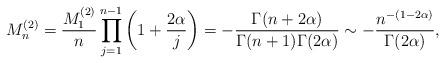
LaTeX: \begin{align*}M^{(2)}_n =\frac{M^{(2)}_1}{n}\prod^{n-1}_{j=1}\left(1+\frac{2\alpha}{j}\right)=-\frac{\Gamma(n+2\alpha)}{\Gamma(n+1)\Gamma(2\alpha)}\sim -\frac{n^{-(1-2\alpha) }}{\Gamma(2\alpha)}, \end{align*}